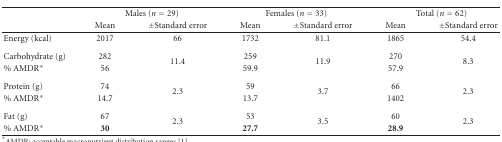
|  | <COLSPAN=2> Males (n = 29) | <COLSPAN=2> Females (n = 33) | <COLSPAN=2> Total (n = 62) |
 |  | Mean | ±Standard error | Mean | ±Standard error | Mean | ±Standard error |
 | --- | --- | --- | --- | --- | --- | --- |
 | Energy (kcal) | 2017 | 66 | 1732 | 81.1 | 1865 | 54.4 |
 | Carbohydrate (g) | 282 | <ROWSPAN=2> 11.4 | 259 | <ROWSPAN=2> 11.9 | 270 | <ROWSPAN=2> 8.3 |
 | % AMDR* | 56 | 59.9 | 57.9 |
 | Protein (g) | 74 | <ROWSPAN=2> 2.3 | 59 | <ROWSPAN=2> 3.7 | 66 | <ROWSPAN=2> 2.3 |
 | % AMDR* | 14.7 | 13.7 | 1402 |
 | Fat (g) | 67 | <ROWSPAN=2> 2.3 | 53 | <ROWSPAN=2> 3.5 | 60 | <ROWSPAN=2> 2.3 |
 | % AMDR* | 30 | 27.7 | 28.9 |